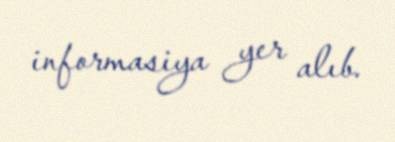
informasiya yer alıb.